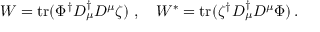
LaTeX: W = \mathrm { t r } ( \Phi ^ { \dagger } D _ { \mu } ^ { \dagger } D ^ { \mu } \zeta ) \; , \quad W ^ { \ast } = \mathrm { t r } ( \zeta ^ { \dagger } D _ { \mu } ^ { \dagger } D ^ { \mu } \Phi ) \, .